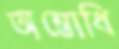
অম্ভোধি